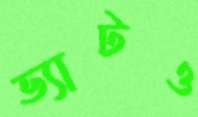
ভ্যাটও